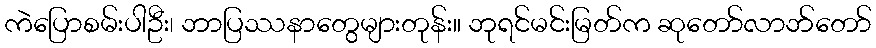
ကဲပြောစမ်းပါဦး၊ ဘာပြဿနာတွေများတုန်း။ ဘုရင်မင်းမြတ်က ဆုတော်လာဘ်တော်